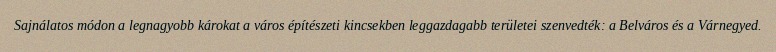
Sajnálatos módon a legnagyobb károkat a város építészeti kincsekben leggazdagabb területei szenvedték: a Belváros és a Várnegyed.